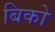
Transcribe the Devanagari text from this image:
बिको